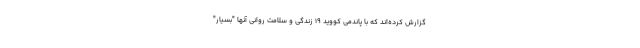
گزارش کرده‌اند که با پاندمی کووید ۱۹ زندگی و سلامت روانی آنها "بسیار"